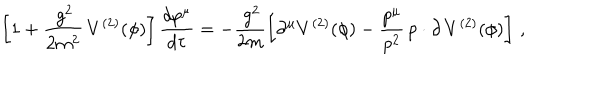
LaTeX: \left[ 1 + \frac { \, g ^ { 2 } } { 2 m ^ { 2 } } \, V ^ { ( 2 ) } ( \phi ) \right] \frac { d p ^ { \mu } } { d \tau } = - \frac { \, g ^ { 2 } } { 2 m } \left[ \partial ^ { \mu } V ^ { ( 2 ) } ( \phi ) - \frac { p ^ { \mu } } { p ^ { 2 } } \, p \cdot \partial \, V ^ { ( 2 ) } ( \phi ) \right] \, ,